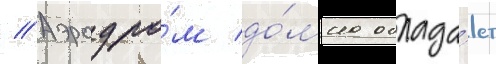
// Аэродро́м до́мна облада́ет